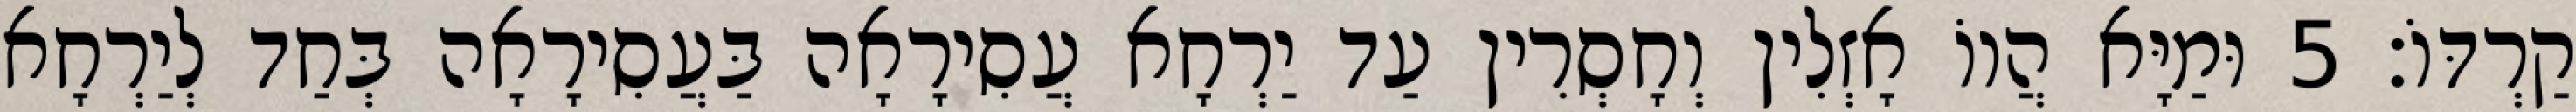
קַרְדּוֹ׃ 5 וּמַיָּא הֲווֹ אָזְלִין וְחָסְרִין עַד יַרְחָא עֲסִירָאָה בַּעֲסִירָאָה בְּחַד לְיַרְחָא